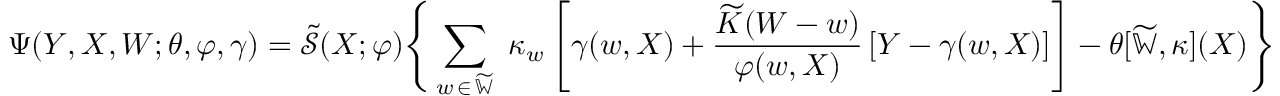
\Psi ( Y , X , W ; \theta , \varphi , \gamma ) = \widetilde { \mathcal { S } } ( X ; \varphi ) \Bigg \{ \sum _ { w \, \in \, \widetilde { \mathbb { W } } } \, \, \kappa _ { w } \, \Bigg [ \gamma ( w , X ) + \frac { \widetilde { K } ( W - w ) } { \varphi ( w , X ) } \, [ Y - \gamma ( w , X ) ] \Bigg ] - \theta [ \widetilde { \mathbb { W } } , \kappa ] ( X ) \Bigg \}